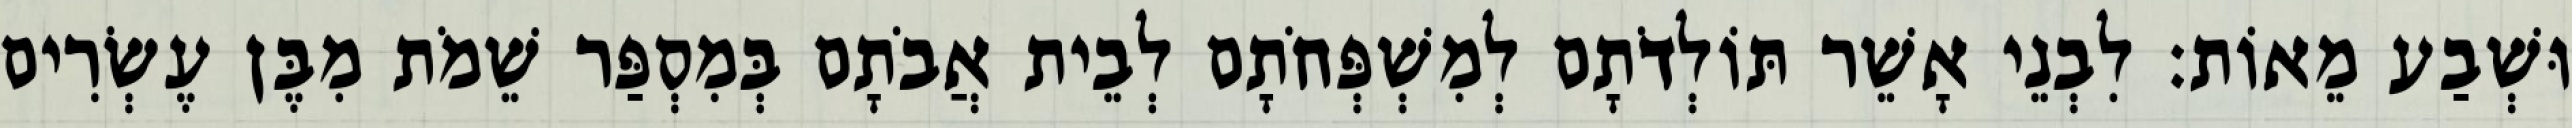
וּשְׁבַע מֵאוֹת׃ לִבְנֵי אָשֵׁר תּוֹלְדֹתָם לְמִשְׁפְּחֹתָם לְבֵית אֲבֹתָם בְּמִסְפַּר שֵׁמֹת מִבֶּן עֶשְׂרִים